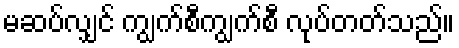
မဆပ်လျှင် ကျွက်စီကျွက်စီ လုပ်တတ်သည်။